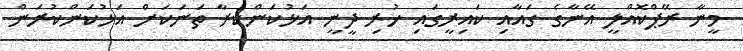
މީނާ ރޭޕްކޮއްލީ އޭނާގެ ގައާއި ކައިރީގައި ހުރި ދީނީ އަޅުކަންކުރާ ތަނަކަށް އަޅުކަންކުރަން